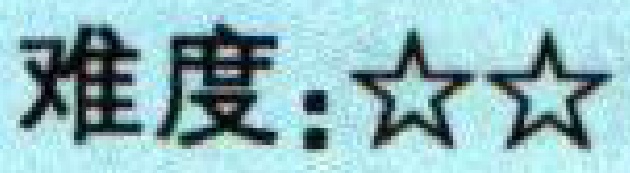
难度：★★